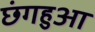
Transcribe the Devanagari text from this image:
छंगहुआ